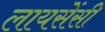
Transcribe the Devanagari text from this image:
लायसेंसी